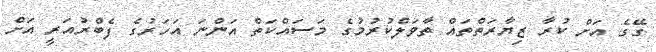
ގޭގެ އަށް ކުރާ ޒިޔާރަތްތައް ތާވަލްކުރުމުގެ މަސައްކަތް އަންނަ އަހަރުގެ ފެބްރުއަރީ އަށް